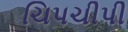
ચિપચીપી